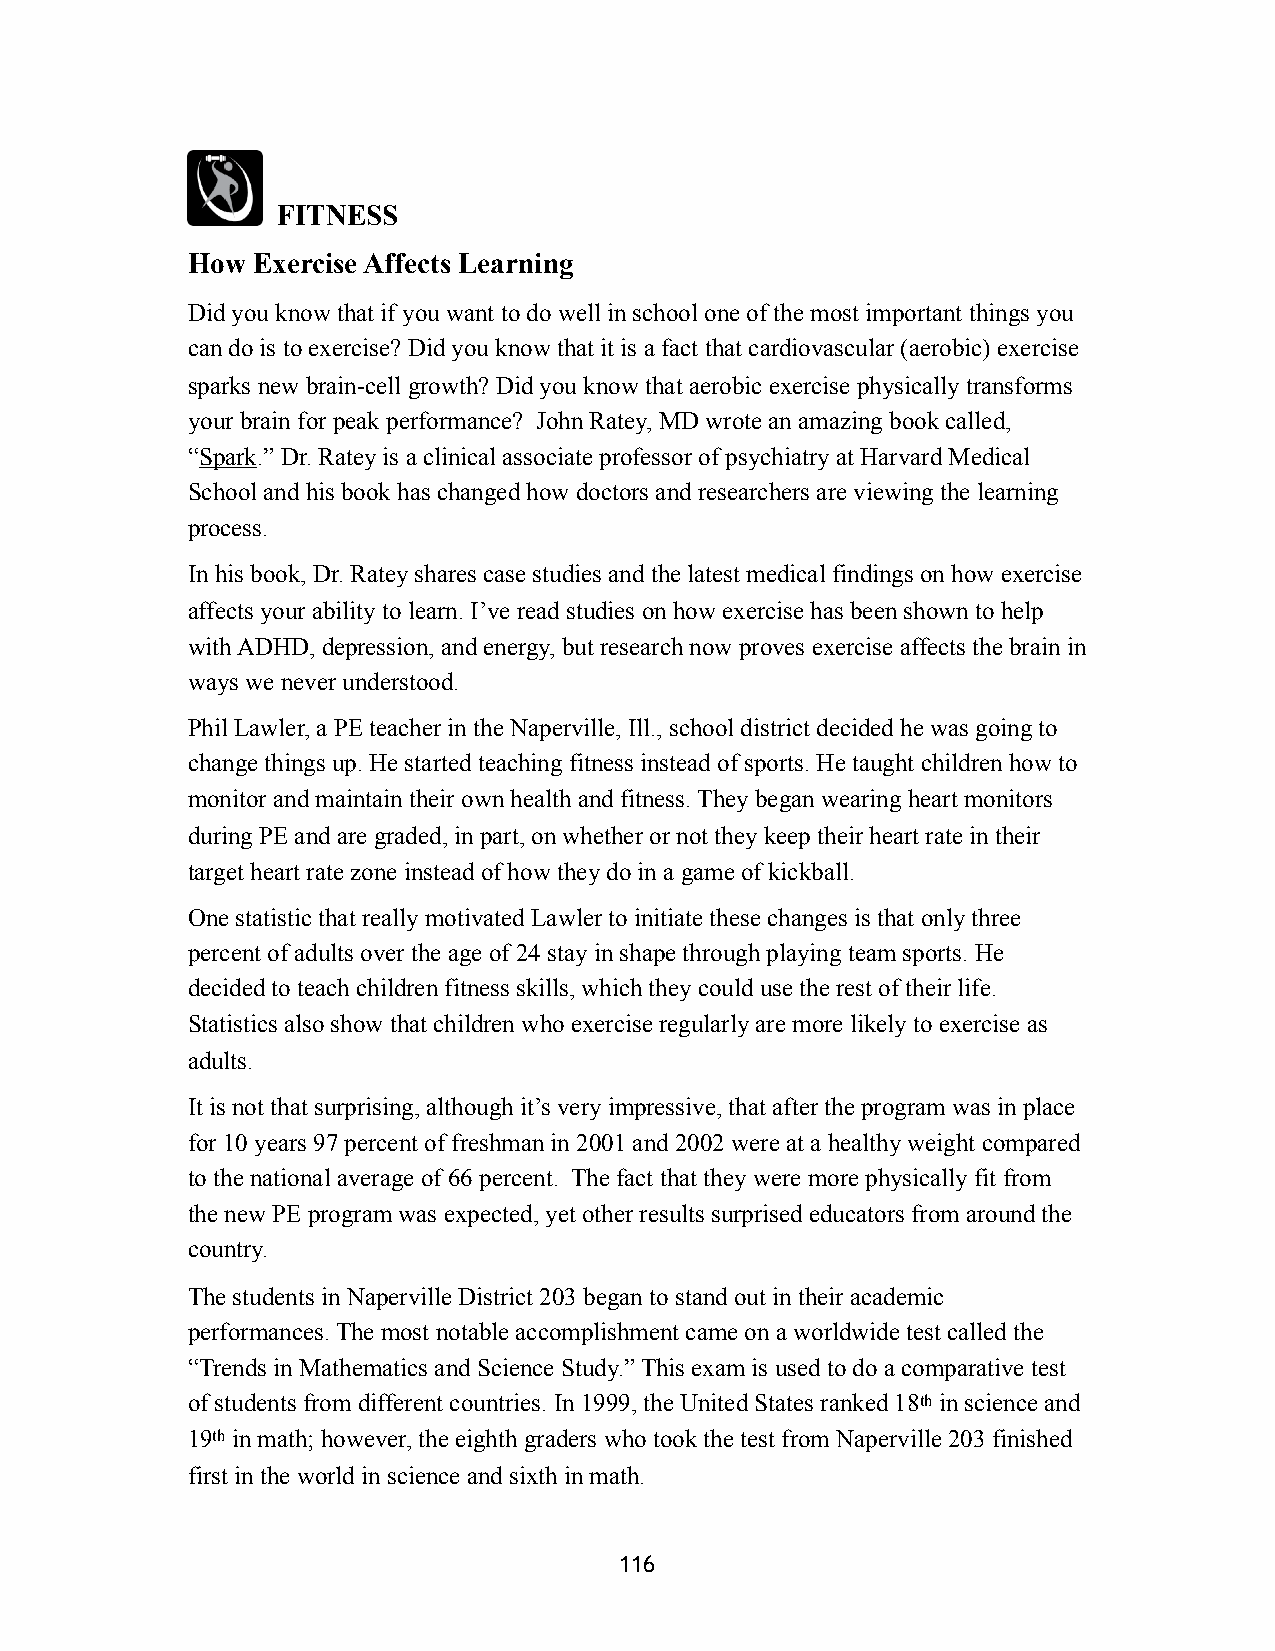
FITNESS
 How  Exercise Affects Learning
 Did you know that if you want to do well in school one of the most important things you
 can do is to exercise? Did you know that it is a fact that cardiovascular (aerobic) exercise
 sparks new brain-cell growth? Did you know that aerobic exercise physically transforms
 your brain for peak performance? John Ratey, MD wrote an amazing book called,
 “Spark.” Dr. Ratey is a clinical associate professor of psychiatry at Harvard Medical
 School and his book has changed how doctors and researchers are viewing the learning
 process.
 In his book, Dr. Ratey shares case studies and the latest medical findings on how exercise
 affects your ability to learn. I’ve read studies on how exercise has been shown to help
 with ADHD, depression, and energy, but research now proves exercise affects the brain in
 ways we never understood.
 Phil Lawler, a PE teacher in the Naperville, Ill., school district decided he was going to
 change things up. He started teaching fitness instead of sports. He taught children how to
 monitor and maintain their own health and fitness. They began wearing heart monitors
 during PE and are graded, in part, on whether or not they keep their heart rate in their
 target heart rate zone instead of how they do in a game of kickball.
 One statistic that really motivated Lawler to initiate these changes is that only three
 percent of adults over the age of 24 stay in shape through playing team sports. He
 decided to teach children fitness skills, which they could use the rest of their life.
 Statistics also show that children who exercise regularly are more likely to exercise as
 adults.
 It is not that surprising, although it’s very impressive, that after the program was in place
 for 10 years 97 percent of freshman in 2001 and 2002 were at a healthy weight compared
 to the national average of 66 percent. The fact that they were more physically fit from
 the new PE program was expected, yet other results surprised educators from around the
 country.
 The students in Naperville District 203 began to stand out in their academic
 performances. The most notable accomplishment came on a worldwide test called the
 “Trends in Mathematics and Science Study.” This exam is used to do a comparative test
 of students from different countries. In 1999, the United States ranked 18th in science and
 19th in math; however, the eighth graders who took the test from Naperville 203 finished
 first in the world in science and sixth in math.
 116